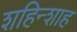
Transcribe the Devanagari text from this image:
शहिन्शाह